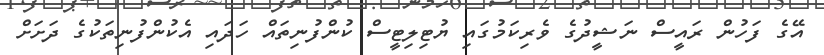
އޭގެ ފަހުން ރައީސް ނަޝީދުގެ ވެރިކަމުގައި ޔުޓިލިޓީސް ކުންފުނިތައް ހަދައި އެކުންފުނިތަކުގެ ދަށަށް